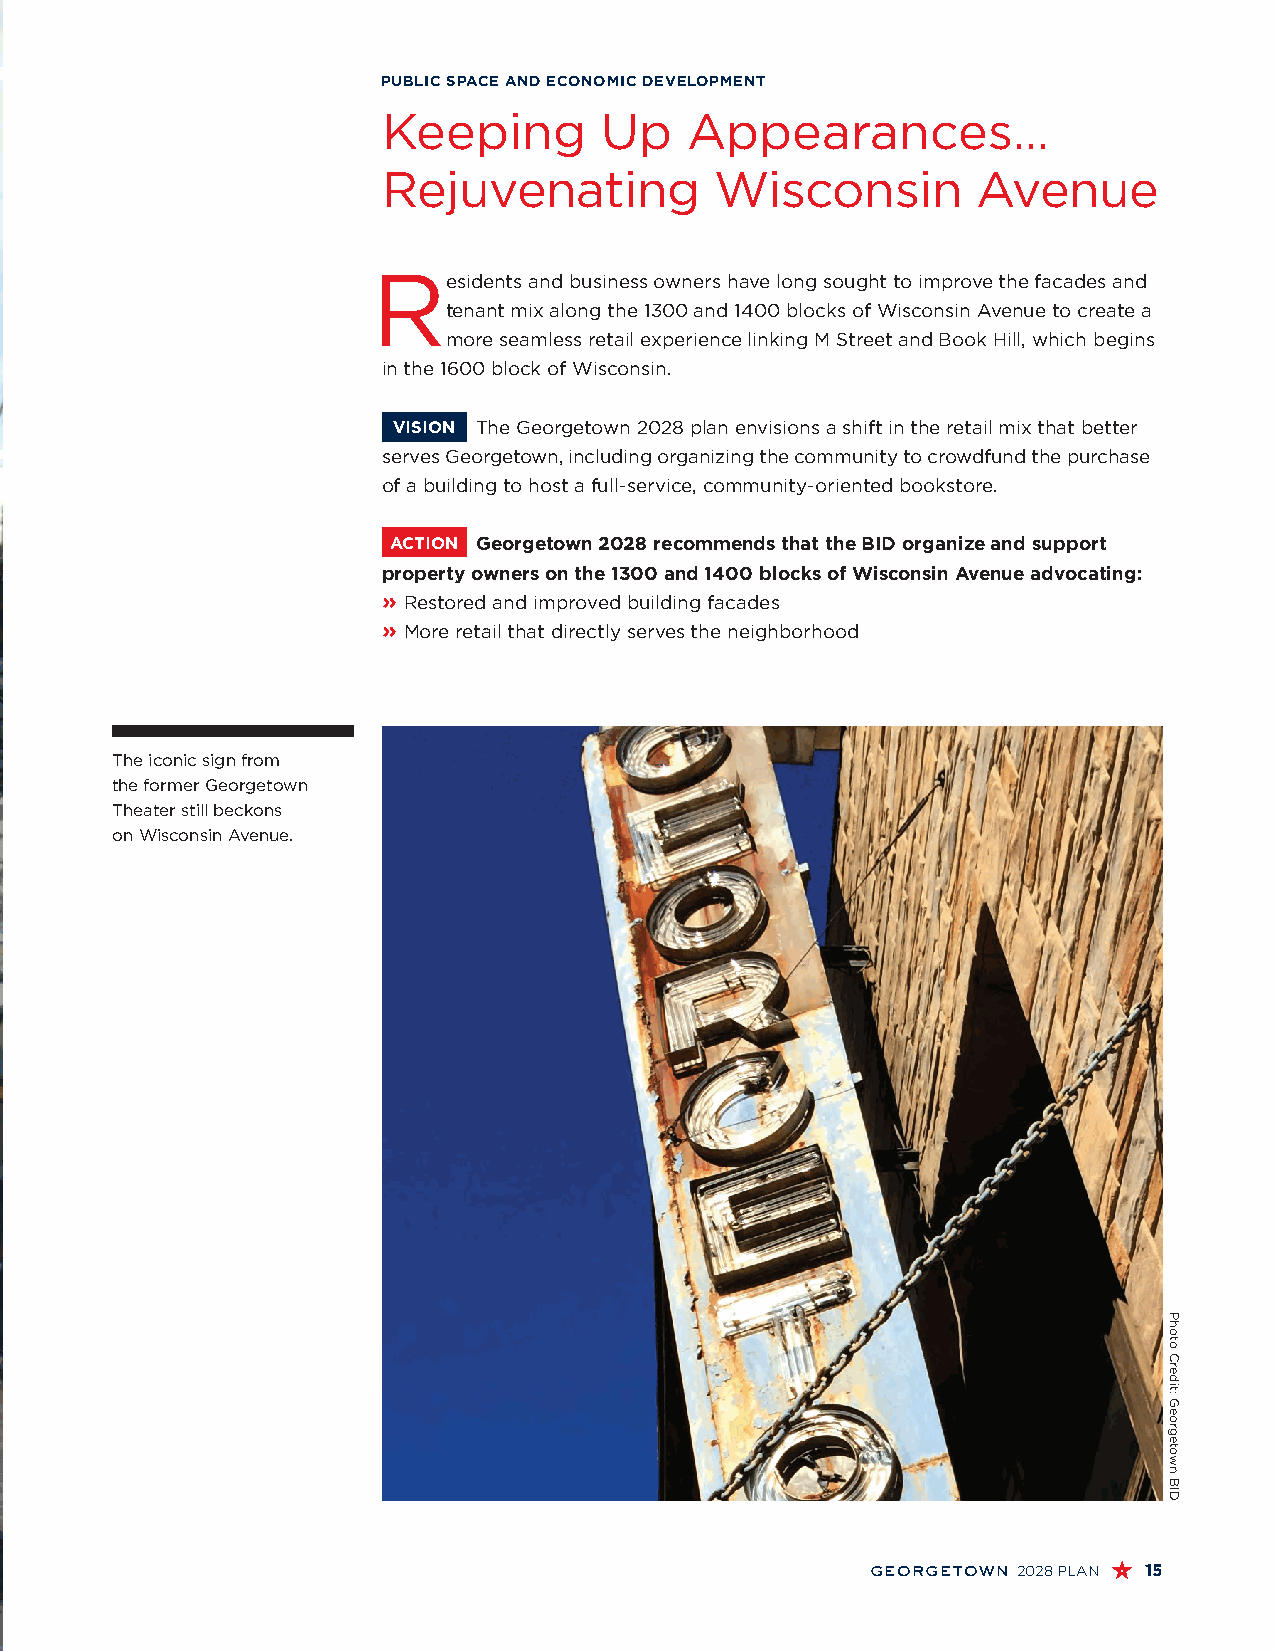
PUBLIC SPACE AND ECONOMIC DEVELOPMENT
 Keeping        Up   Appearances…
 Rejuvenating          Wisconsin         Avenue
 R
 esidents and business owners have long sought to improve the facades and
 tenant mix along the 1300 and 1400 blocks of Wisconsin Avenue to create a
 more seamless retail experience linking M Street and Book Hill, which begins
 in the 1600 block of Wisconsin.
 VISION The Georgetown 2028 plan envisions a shift in the retail mix that better
 serves Georgetown, including organizing the community to crowdfund the purchase
 of a building to host a full-service, community-oriented bookstore.
 ACTION Georgetown 2028 recommends that the BID organize and support
 property owners on the 1300 and 1400 blocks of Wisconsin Avenue advocating:
 » R estored and improved building facades
 » M ore retail that directly serves the neighborhood
 The iconic sign from
 the former Georgetown
 Theater still beckons
 on Wisconsin Avenue.
 georgetown 2028 PLAN 15
 Photo
 Credit:
 Georgetown
 BID